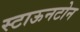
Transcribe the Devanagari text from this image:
स्टाऊनटोन